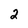
Character: 2